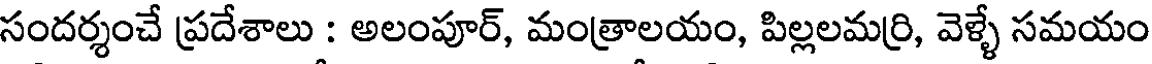
సందర్శంచే ప్రదేశాలు : అలంపూర్, మంత్రాలయం, పిల్లలమర్రి, వెళ్ళే సమయం